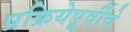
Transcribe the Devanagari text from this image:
प्रक्रियेपूर्वीचे